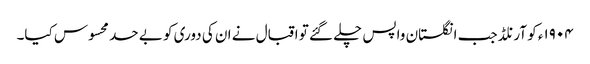
١٩٠۴ء کو آرنلڈ جب انگلستان واپس چلے گئے تو اقبال نے ان کی دوری کو بے حد محسوس کیا۔